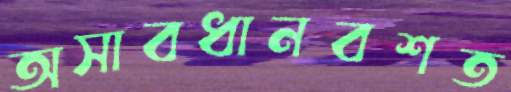
অসাবধানবশত